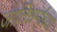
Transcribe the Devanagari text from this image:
जातिधर्माच्या